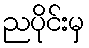
ညပိုင်းမှ